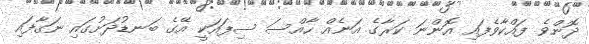
ދޮންވެ ފައްކާވެފައި އޮންނަ ކަރާގެ އަނެއް ހާއްސަ ސިފައަކީ އޭގެ ބަނޑުދަށުގައި ނަގާފައި